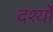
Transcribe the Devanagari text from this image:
दर्श्यों